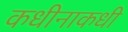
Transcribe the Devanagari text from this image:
कधीनाकधी